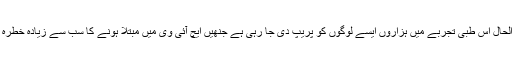
’فی الحال اس طبی تجربے میں ہزاروں ایسے لوگوں کو پریپ دی جا رہی ہے جنھیں ایچ آئی وی میں مبتلا ہونے کا سب سے زیادہ خطرہ ہے۔